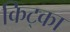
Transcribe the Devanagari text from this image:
किट्का